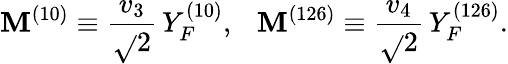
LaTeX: \mathbf{M}^{(10)}\equiv\frac{{v_{3}}}{{\sqrt{}{{2}}}}\, Y_{F}^{(10)},~~~\mathbf{M}^{(126)}\equiv\frac{{v_{4}}}{{\sqrt{}{{2}}}}\, Y_{F}^{(126)}.